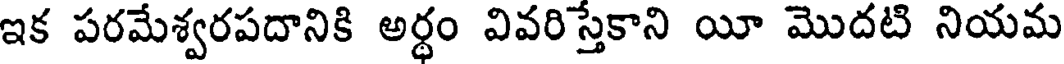
ఇక పరమేశ్వరపదానికి అర్థం వివరిస్తేకాని యీ మొదటి నియమ